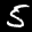
Label: 5